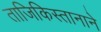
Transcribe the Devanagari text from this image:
ताजिकिस्तानाने